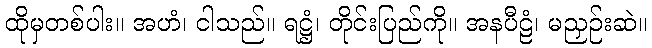
ထိုမှတစ်ပါး။ အဟံ၊ ငါသည်။ ရဋ္ဌံ၊ တိုင်းပြည်ကို။ အနပီဠံ၊ မညှဉ်းဆဲ။